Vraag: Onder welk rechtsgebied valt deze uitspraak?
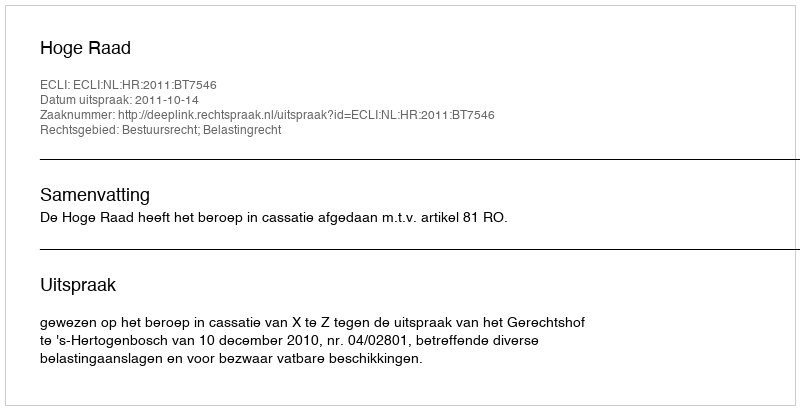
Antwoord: Bestuursrecht; Belastingrecht